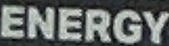
ENERGY